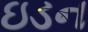
ઇડન